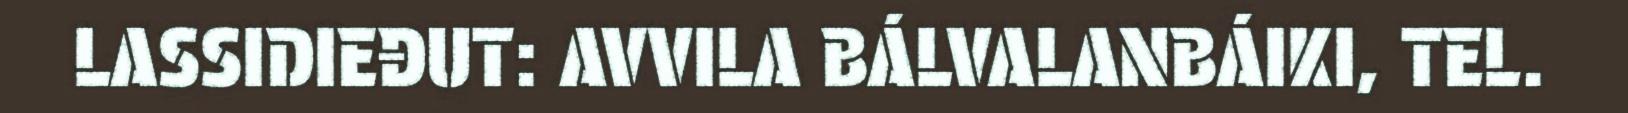
LASSIDIEĐUT: AVVILA BÁLVALANBÁIKI, TEL.